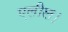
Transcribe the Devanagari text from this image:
एलील।